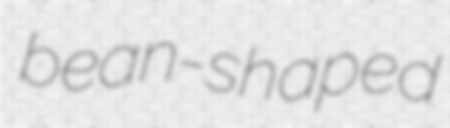
bean-shaped